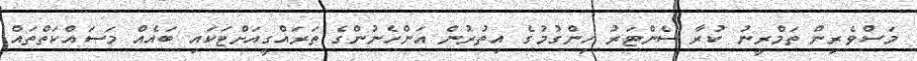
މަސްވެރިން ތަމްރީނު ކުރާ ސެންޓަރު ހިންގުމުގެ އިތުރުން އަންހެނުންގެ ތަރައްގީއަށްޓަކައި ބައެއް މަސައްކަތްތައް